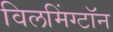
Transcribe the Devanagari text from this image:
विलमिंग्टॉन